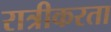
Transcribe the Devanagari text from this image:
रात्रीकरता